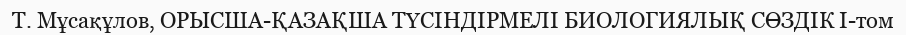
Т. Мұсақұлов, ОРЫСША-ҚАЗАҚША ТҮСІНДІРМЕЛІ БИОЛОГИЯЛЫҚ СӨЗДІК І-том